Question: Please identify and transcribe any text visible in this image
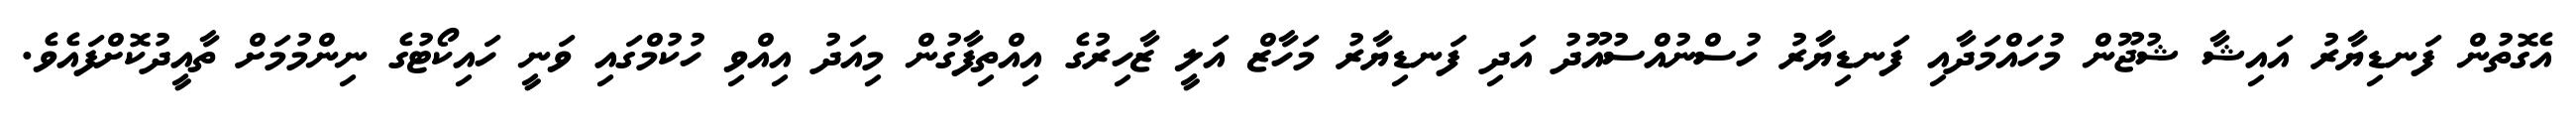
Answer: އެގޮތުން ފަނޑިޔާރު އައިޝާ ޝުޖޫން މުހައްމަދާއި ފަނޑިޔާރު ހުސްނުއްސުއޫދު އަދި ފަނޑިޔާރު މަހާޒް އަލީ ޒާހިރުގެ އިއްތިފާގުން މިއަދު އިއްވި ހުކުމްގައި ވަނީ ހައިކޯޓުގެ ނިންމުމަށް ތާއީދުކޮށްފައެވެ.